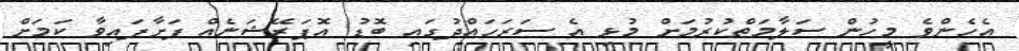
އެހެންވެ މީހުން ސަލާމަތްކުރުމަށް މުޅި އެ ސަރަހައްދުގައި ބޮޑު އޮޕަރޭޝަނެއް ފަށާފައިވާ ކަމަށް